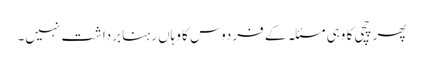
پھر چچی کا وہی مسئلہ کے فردوس کا وہاں رہنا برداشت نہیں۔